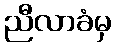
ညီလာခံမှ